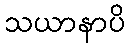
သယာနာပိ